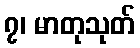
၇၊ မာတုသုတ်